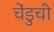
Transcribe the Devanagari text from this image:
चेंडुची